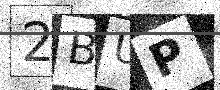
Text: 2BUP